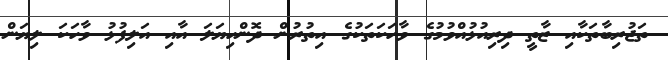
ތަޖުރިބާތަކާއި ޒާތީ ދިރިއުޅުއްވުމުގެ ވާހަކަތަކުގެ އިތުރުން ދޮންހިޔަލަ އާއި އަލިފުޅު ވާހަކަ ލިޔަން